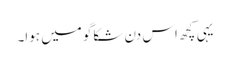
یہی کچھ اس دن شکاگو میں ہوا۔